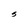
Character: S